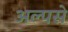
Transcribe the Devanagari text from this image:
अल्पसे